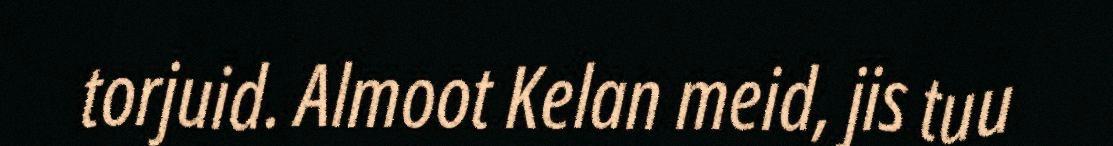
torjuid. Almoot Kelan meid, jis tuu